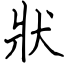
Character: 狀